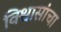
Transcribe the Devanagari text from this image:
विश्वासांचा